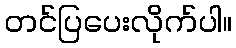
တင်ပြပေးလိုက်ပါ။